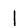
Digit: 1